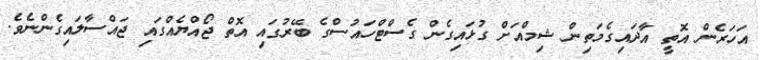
އަހަރެން އޮތީ އާދައިގެމަތިން ޝިމްއަށް ގުޅައިގެން ގެސްޓްހައުސްގެ ބޭރުގައި އޮތް ޖޯއްޔެއްގައި ޖައްސާލައިގެންނެވެ.